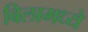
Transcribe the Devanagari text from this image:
बिलामध्ये